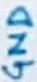
Text: GND